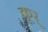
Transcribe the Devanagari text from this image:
क्रूर्